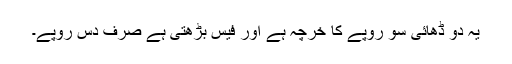
یہ دو ڈھائی سو روپے کا خرچہ ہے اور فیس بڑھتی ہے صرف دس روپے۔